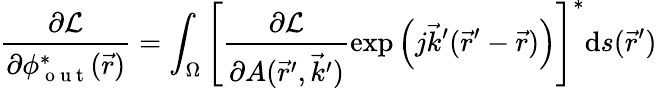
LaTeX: \frac{\partial\mathcal{L}}{\partial\phi_{\mathrm{~o~u~t~}}^{*}(\vec{r})}=\int_{\Omega}\left[\frac{\partial\mathcal{L}}{\partial A(\vec{r}^{\prime},\vec{k}^{\prime})}\exp{\left(j\vec{k}^{\prime}(\vec{r}^{\prime}-\vec{r})\right)}\right]^{*}\mathrm{d}s(\vec{r}^{\prime})